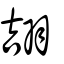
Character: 翓